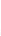
1.上体育课___